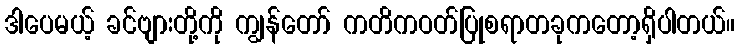
ဒါပေမယ့် ခင်ဗျားတို့ကို ကျွန်တော် ကတိကဝတ်ပြုစရာတခုကတော့ရှိပါတယ်။